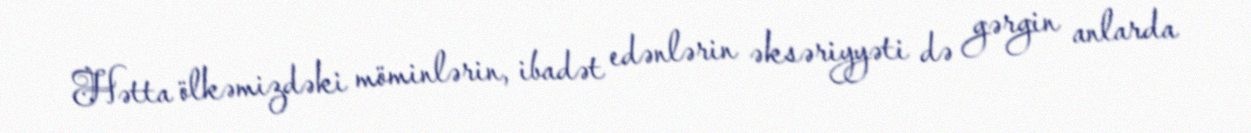
Hətta ölkəmizdəki möminlərin, ibadət edənlərin əksəriyyəti də gərgin anlarda